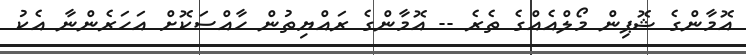
އޮމާންގެ ޝޮޕިން މޯލްއެއްގެ ތެރެ -- އޮމާންގެ ރައްޔިތުން ހާއްސަކޮށް އަހަރެންނާ އެކު